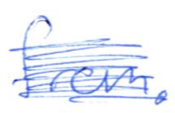
Text: benefit
Cross-out: scratch
Writing tool: ballpoint